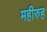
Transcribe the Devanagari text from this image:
महीरुह